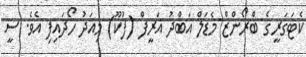
ކެޓަގަރީގެ ބްރޯންޒް މެޑަލް އަބްދު އަރީފް (ފުކޫ) މިއަދު ހޯދައިފި އެވެ. ސީ